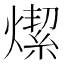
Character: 𤏦